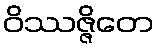
ဝိဿဇ္ဇိတေ